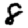
Digit: 8